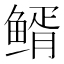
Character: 𩾊